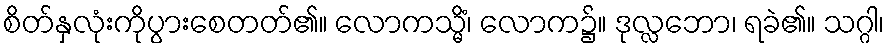
စိတ်နှလုံးကိုပွားစေတတ်၏။ လောကသ္မိံ၊ လောက၌။ ဒုလ္လဘော၊ ရခဲ၏။ သဂ္ဂါ၊